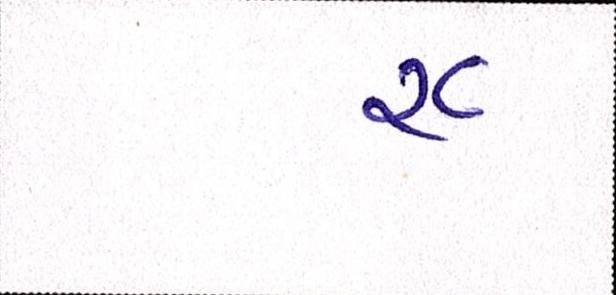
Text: ૨૮